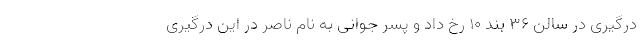
درگیری در سالن ۳۶ بند ۱۰ رخ داد و پسر جوانی به نام ناصر در این درگیری